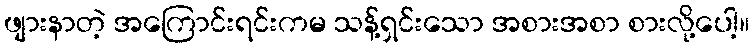
ဖျားနာတဲ့ အကြောင်းရင်းကမ သန့်ရှင်းသော အစားအစာ စားလို့ပေါ့။